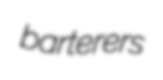
barterers